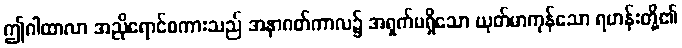
ဤဂါထာလာ အညိုရောင်စကားသည် အနာဂတ်ကာလ၌ အရှက်မရှိသော ယုတ်မာကုန်သော ရဟန်းတို့၏